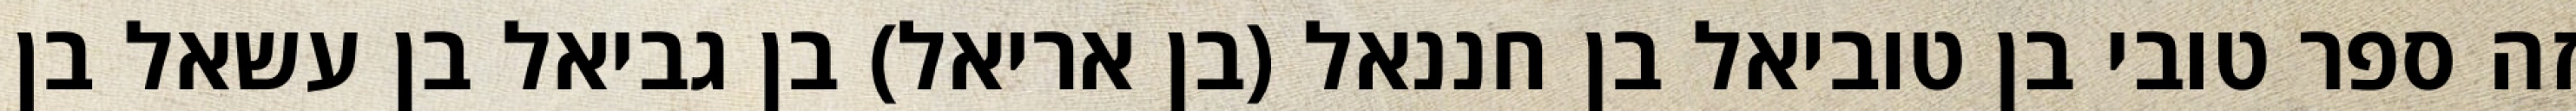
זה ספר טובי בן טוביאל בן חננאל (בן אריאל) בן גביאל בן עשאל בן